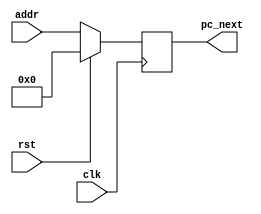
`timescale 1ns / 1ps
//////////////////////////////////////////////////////////////////////////////////
// Company: 
// Engineer: 
// 
// Design Name: 
// Module Name: PC
// Project Name: 
// Target Devices: 
// Tool Versions: 
// Description: 
// 
// Dependencies: 
// 
// Revision:
// Revision 0.01 - File Created
// Additional Comments:
// 
//////////////////////////////////////////////////////////////////////////////////


module PC(
    input clk,
    input rst,
    input [31:0] addr,
    output [31:0] pc_next
    );
    
    reg [31:0] pc_reg;
    initial pc_reg=32'h00000000;
    
    always@(posedge clk)begin
       if(rst) pc_reg<=32'h00000000;
       else   pc_reg<=addr;
    end
    
    assign pc_next=pc_reg;
    
endmodule